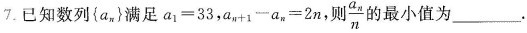
7.已知数列\left\{ a_{n}\right\}满足$$a_{1}=33$$，$$a_{n+1}-a_{n}=2n$$，则\frac{a_{n}}{n}的最小值为___。